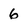
Character: 6